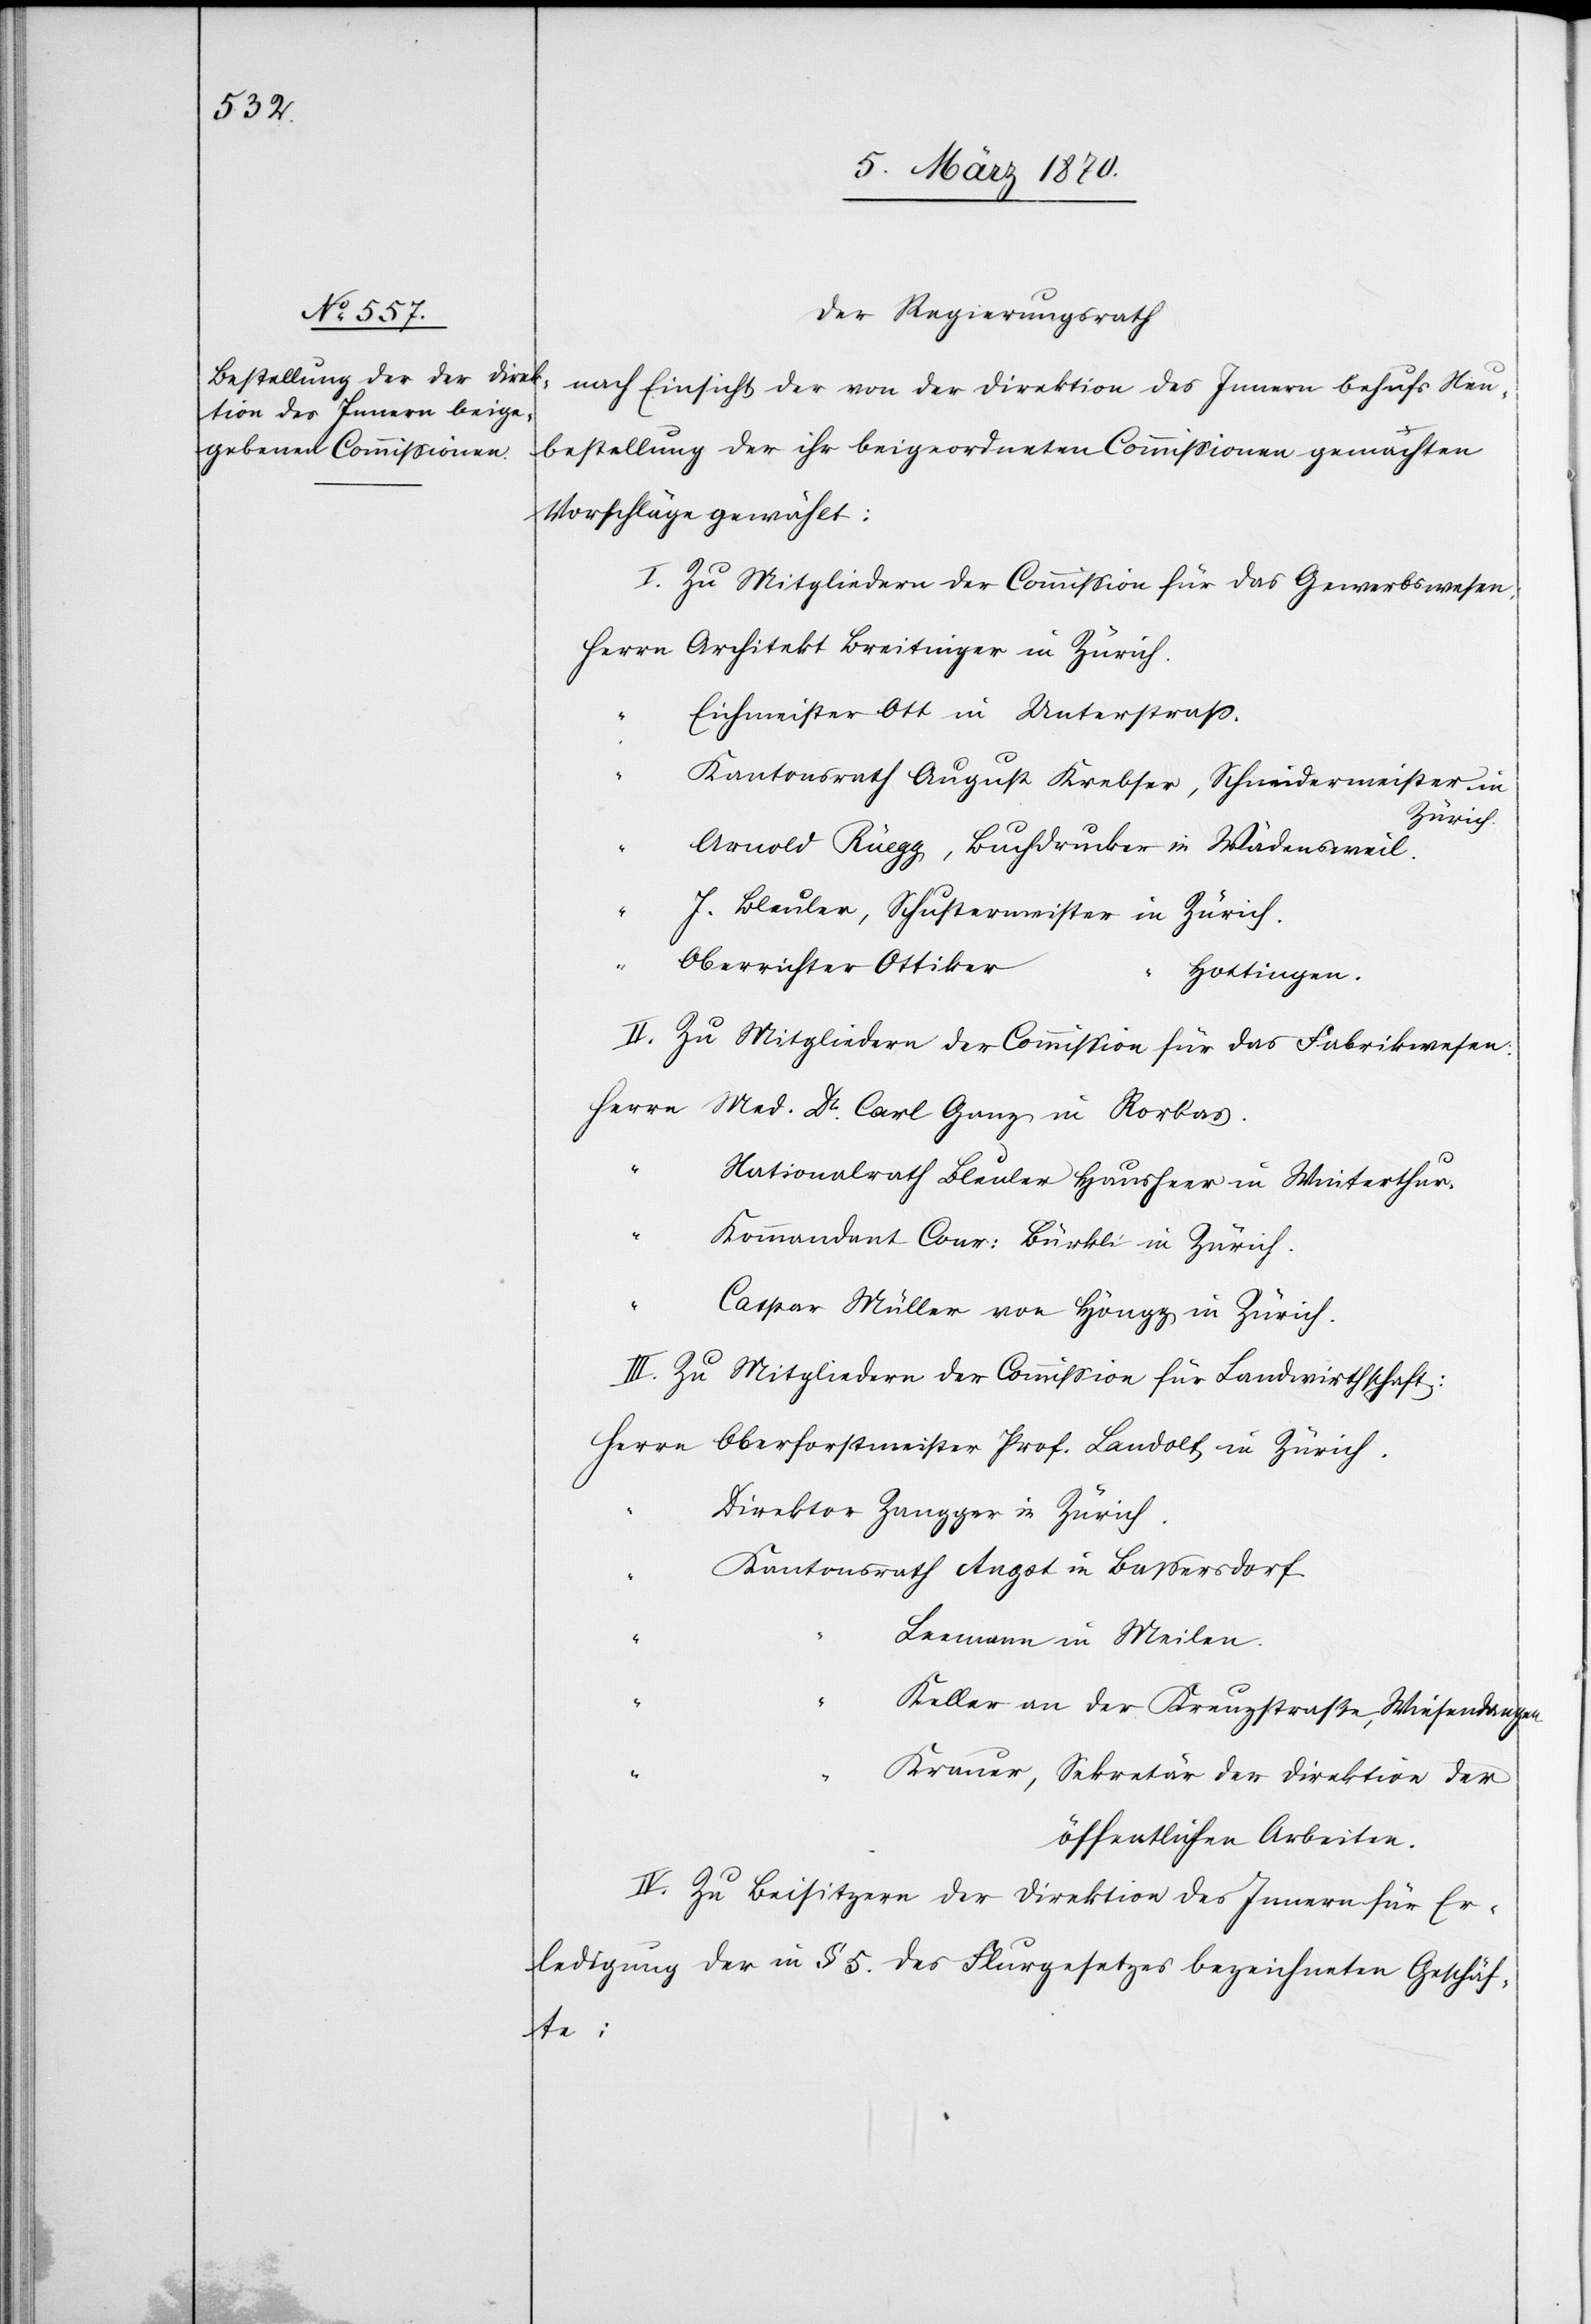
Der Regierungsrath
nach Einsicht der von der Direktion des Innern behufs Neu¬
bestellung der ihr beigeordneten Commissionen gemachten
Vorschläge gewählt:
I. Zu Mitgliedern der Commission für das Gewerbswesen:
Herrn Architekt Breitinger in Zürich.
Eichmeister Ott in Unterstraß.
Kantonsrath August Krebser, Schneidermeister in
Zürich.
Arnold Rüegg, Buchdrucker in Wädensweil.
J. Bleuler, Schustermeister in Zürich.
Oberrichter Ottiker
Hottingen.
II. Zu Mitgliedern der Commission für das Fabrikwesen:
Herrn Med. Dr. Carl Ganz in Rorbas.
Nationalrath Bleuler Hausheer in Winterthur.
Kommandant Cour: Bürkli in Zürich.
Caspar Müller von Höngg in Zürich.
III. Zu Mitgliedern der Commission für Landwirthschaft:
Herrn Oberforstmeister Prof. Landolt in Zürich.
Direktor Zangger in Zürich.
Kantonsrath Angst in Bassersdorf.
Leemann in Meilen.
Keller an der Kreuzstraße, Wiesendangen.
“
Krauer, Sekretär der Direktion der
öffentlichen Arbeiten.
IV. Zu Beisitzern der Direktion des Innern für Er¬
ledigung der in § 5. des Flurgesetzes bezeichneten Geschäf¬
te: